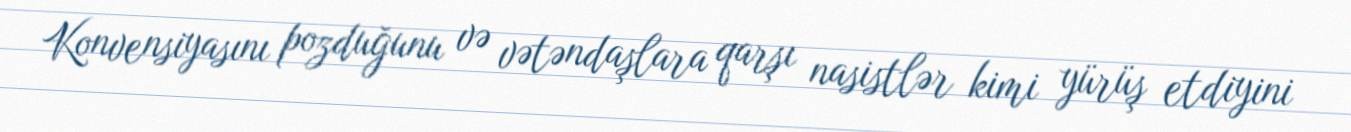
Konvensiyasını pozduğunu və vətəndaşlara qarşı nasistlər kimi yürüş etdiyini